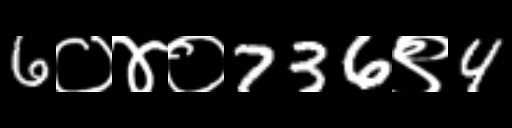
Text: 6०४०736९4